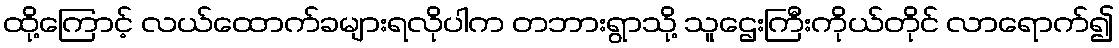
ထို့ကြောင့် လယ်ထောက်ခများရလိုပါက တဘားရွာသို့ သူဌေးကြီးကိုယ်တိုင် လာရောက်၍